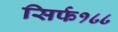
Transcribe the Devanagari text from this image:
सिर्फ१८८